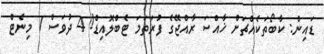
ޑައިން: ކާބޯތަކެއްޗަށް ޚާއްސަ ރާއްޖޭގެ ފުރަތަމަ ޓެބްލޮއިޑް! 4 ދުވަސް 7 މިނެޓް